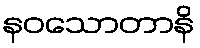
နဝသောတာနိ